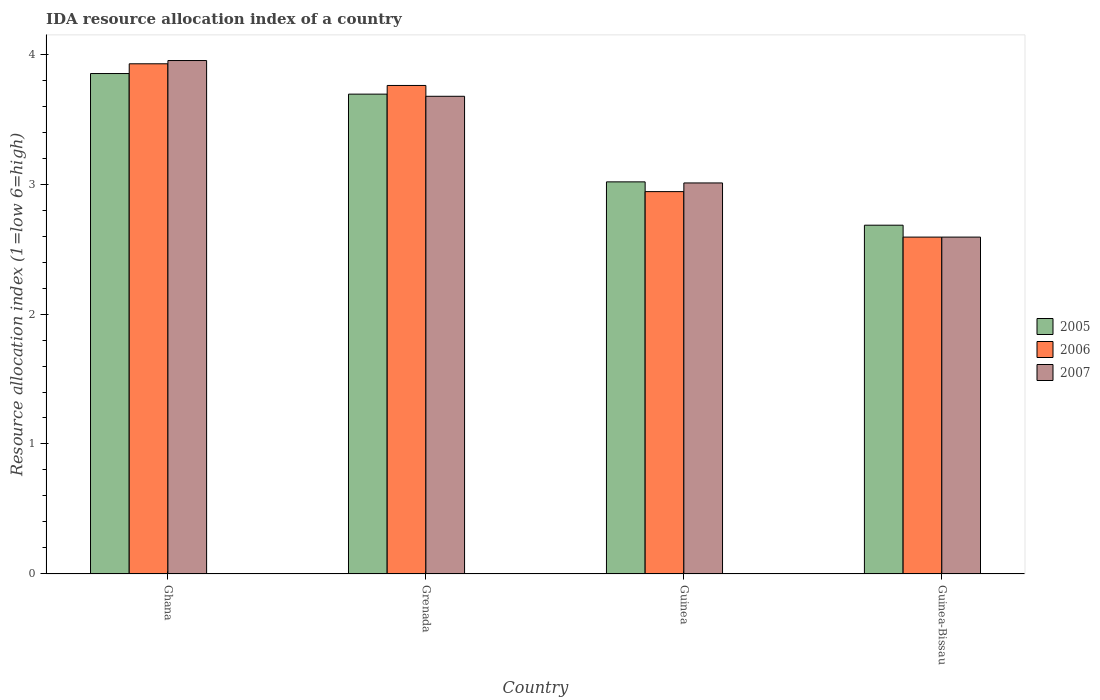
| Country | 2005 | 2006 | 2007 |
 | --- | --- | --- | --- |
 | Ghana | 3.85 | 3.92 | 3.95 |
 | Grenada | 3.69 | 3.76 | 3.67 |
 | Guinea | 3.02 | 2.94 | 3.01 |
 | Guinea-Bissau | 2.68 | 2.59 | 2.59 |